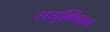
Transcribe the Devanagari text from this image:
सयुक्तिकच